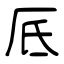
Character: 厎